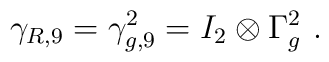
\gamma_{R,9}=\gamma_{g,9}^2=I_2\otimes \Gamma_g^2~.